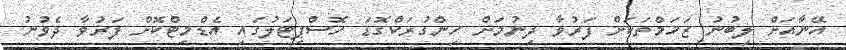
އޭނާއަށް ލިބުނު ޒަޚަމްތަކަށް ފަރުވާ ދިނުމަށް ހިންގުރަކްގޮޑަ ހޮސްޕިޓަލުގައި އެޑްމިޓްކޮށް ފަރުވާ ދެވުނު